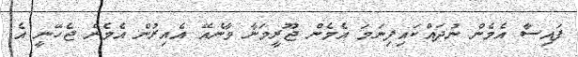
ފައިސާ އެމެން ނުދައްކައިފިނަމަ އެމެން ޖޫރީމަނާ ވާނެއޭ އެއިރުން އެމެން ޖެހޭނީ އެ